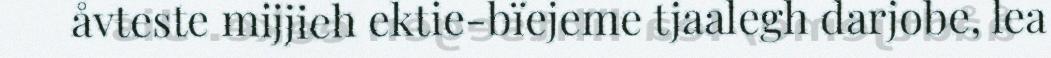
åvteste mijjieh ektie-bïejeme tjaalegh darjobe, lea